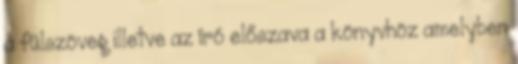
a fülszöveg illetve az író előszava a könyvhöz amelyben